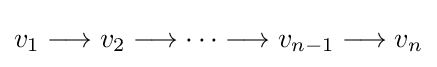
v_{1}\longrightarrow v_{2}\longrightarrow \cdots \longrightarrow v_{n-1}\longrightarrow v_{n}